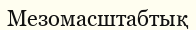
Мезомасштабтық